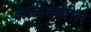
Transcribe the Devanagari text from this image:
जाळेदेखील